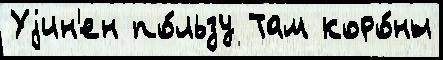
Уjин'ен по́льзу Там коро́ны